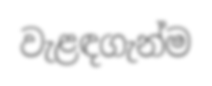
වැළඳගැන්ම